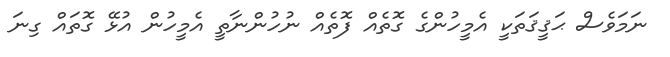
ނަމަވެސް ޙަޤީޤަތަކީ އެމީހުންގެ ގޮތެއް ފޮތެއް ނުހުންނާތީ އެމީހުން އުޅޭ ގޮތައް ގިނަ